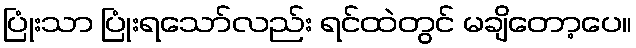
ပြုံးသာ ပြုံးရသော်လည်း ရင်ထဲတွင် မချိတော့ပေ။